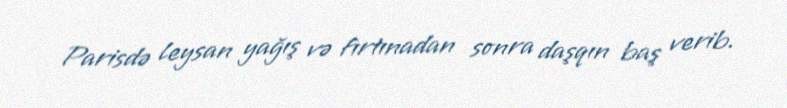
Parisdə leysan yağış və fırtınadan sonra daşqın baş verib.